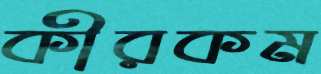
কীরকম